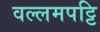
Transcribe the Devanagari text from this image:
वल्लमपट्टि